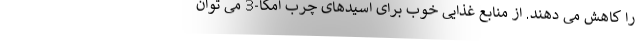
را کاهش می دهند. از منابع غذایی خوب برای اسیدهای چرب امگا-3 می توان